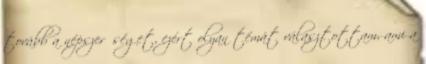
tovább a népszerűséget, ezért olyan témát választottam, ami a